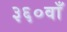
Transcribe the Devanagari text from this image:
३६०वाँ